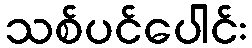
သစ်ပင်ပေါင်း